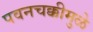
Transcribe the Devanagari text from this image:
पवनचक्कीमुळे